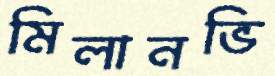
মিলানভি